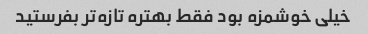
خیلی خوشمزه بود فقط بهتره تازه‌تر بفرستید